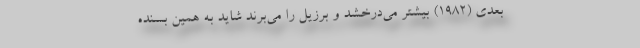
بعدی (1982) بیشتر می‌درخشد و برزیل را می‌برند شاید به همین بسنده